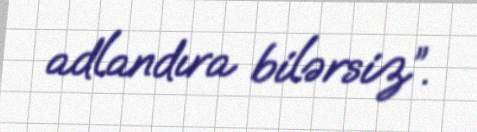
adlandıra bilərsiz”.